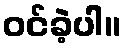
ဝင်ခဲ့ပါ။